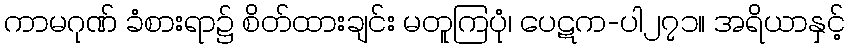
ကာမဂုဏ် ခံစားရာ၌ စိတ်ထားချင်း မတူကြပုံ၊ ပေဋက-ပါ၂၇၁။ အရိယာနှင့်